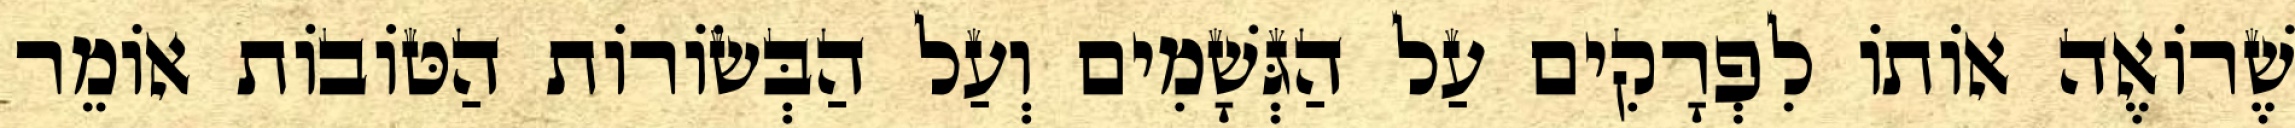
שֶׁרוֹאֶה אוֹתוֹ לִפְרָקִים עַל הַגְּשָׁמִים וְעַל הַבְּשׂוֹרוֹת הַטּוֹבוֹת אוֹמֵר